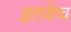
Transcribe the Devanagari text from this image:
इतकेंच